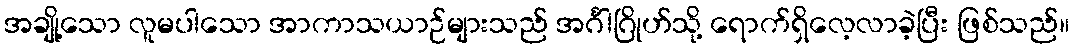
အချို့သော လူမပါသော အာကာသယာဉ်များသည် အင်္ဂါဂြိုဟ်သို့ ရောက်ရှိလေ့လာခဲ့ပြီး ဖြစ်သည်။